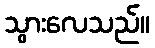
သွားလေသည်။